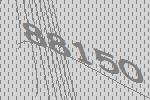
88150